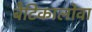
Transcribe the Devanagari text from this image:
बैटिकालोवा